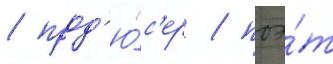
/ прод'ю́с'ер / поэ́т